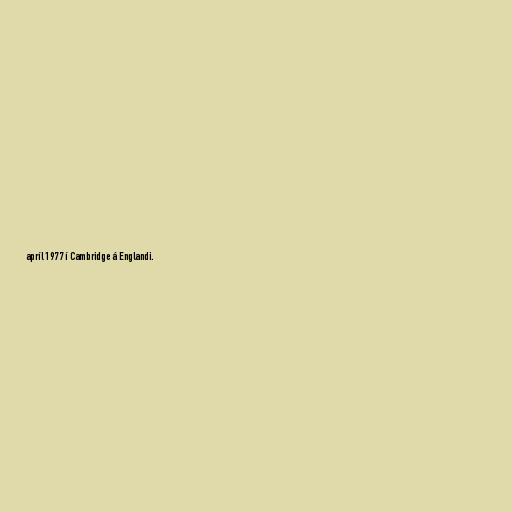
apríl 1977 í Cambridge á Englandi.